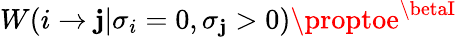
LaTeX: W(i\to\mathbf{j}|\sigma_{i}=0,\sigma_{\mathbf{j}}>0)\proptoe^{\betaI}